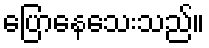
ပြောနေသေးသည်။